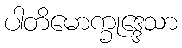
ပါတိမောက္ခုဒ္ဒေသာ